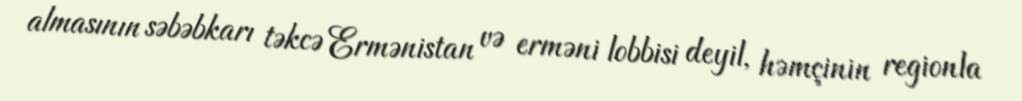
almasının səbəbkarı təkcə Ermənistan və erməni lobbisi deyil, həmçinin regionla